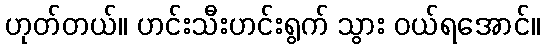
ဟုတ်တယ်။ ဟင်းသီးဟင်းရွက် သွား ဝယ်ရအောင်။